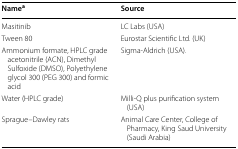
| Namea | Source |
 | --- | --- |
 | Masitinib | LC Labs (USA) |
 | Tween 80 | Eurostar Scientific Ltd. (UK) |
 | Ammonium formate, HPLC grade acetonitrile (ACN), Dimethyl Sulfoxide (DMSO), Polyethylene glycol 300 (PEG 300) and formic acid | Sigma-Aldrich (USA). |
 | Water (HPLC grade) | Milli-Q plus purification system (USA) |
 | Sprague–Dawley rats | Animal Care Center, College of Pharmacy, King Saud University (Saudi Arabia) |